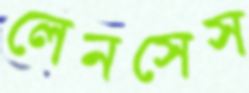
লেনসেস